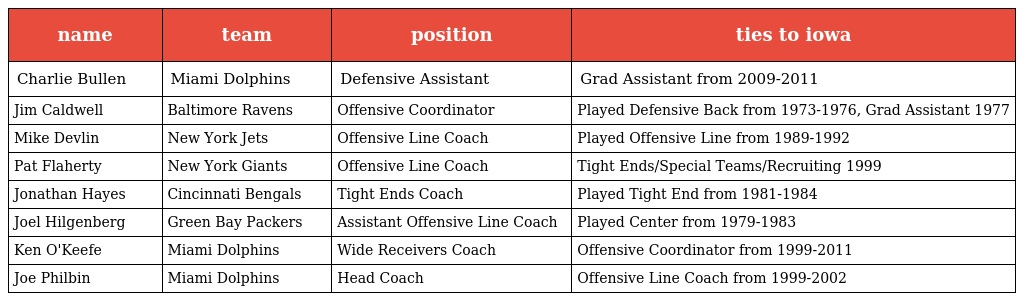
| name | team | position | ties to iowa |
 | --- | --- | --- | --- |
 | Charlie Bullen | Miami Dolphins | Defensive Assistant | Grad Assistant from 2009-2011 |
 | Jim Caldwell | Baltimore Ravens | Offensive Coordinator | Played Defensive Back from 1973-1976, Grad Assistant 1977 |
 | Mike Devlin | New York Jets | Offensive Line Coach | Played Offensive Line from 1989-1992 |
 | Pat Flaherty | New York Giants | Offensive Line Coach | Tight Ends/Special Teams/Recruiting 1999 |
 | Jonathan Hayes | Cincinnati Bengals | Tight Ends Coach | Played Tight End from 1981-1984 |
 | Joel Hilgenberg | Green Bay Packers | Assistant Offensive Line Coach | Played Center from 1979-1983 |
 | Ken O'Keefe | Miami Dolphins | Wide Receivers Coach | Offensive Coordinator from 1999-2011 |
 | Joe Philbin | Miami Dolphins | Head Coach | Offensive Line Coach from 1999-2002 |